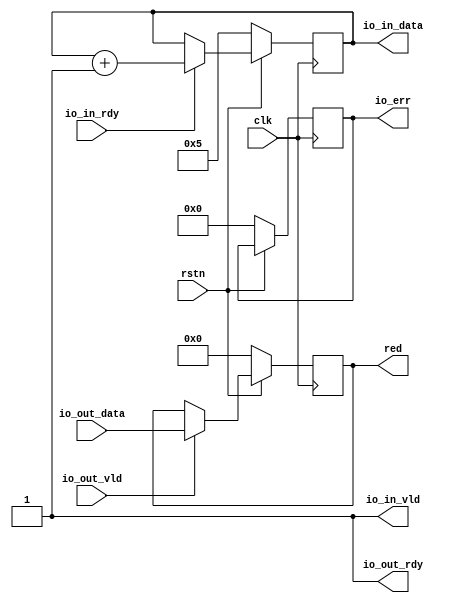
module dIOcontroller (
	input clk,
	input rstn,
	output reg [7:0] red,

	output reg [7:0] io_in_data,
	input wire io_in_rdy,
	output wire io_in_vld,

	input wire [7:0] io_out_data,
	output wire io_out_rdy,
	input wire io_out_vld,

	output reg [4:0] io_err);

	assign io_in_vld = 1;
	assign io_out_rdy = 1;

	always @(posedge clk) begin
		if (~rstn) begin
			red <= 0;
			io_err <= 0;
			io_in_data <= 5;
		end else begin
			if(io_out_rdy && io_out_vld) begin
				red <= io_out_data;		
			end
			if(io_in_rdy && io_in_vld) begin
				io_in_data <= io_in_data + 1;
			end
		end
	end

endmodule